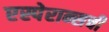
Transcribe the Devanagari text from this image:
एस्पेरान्सची